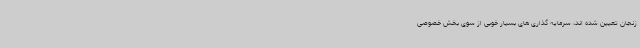
زنجان تعیین شده اند، سرمایه گذاری های بسیار خوبی از سوی بخش خصوصی